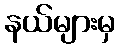
နယ်များမှ